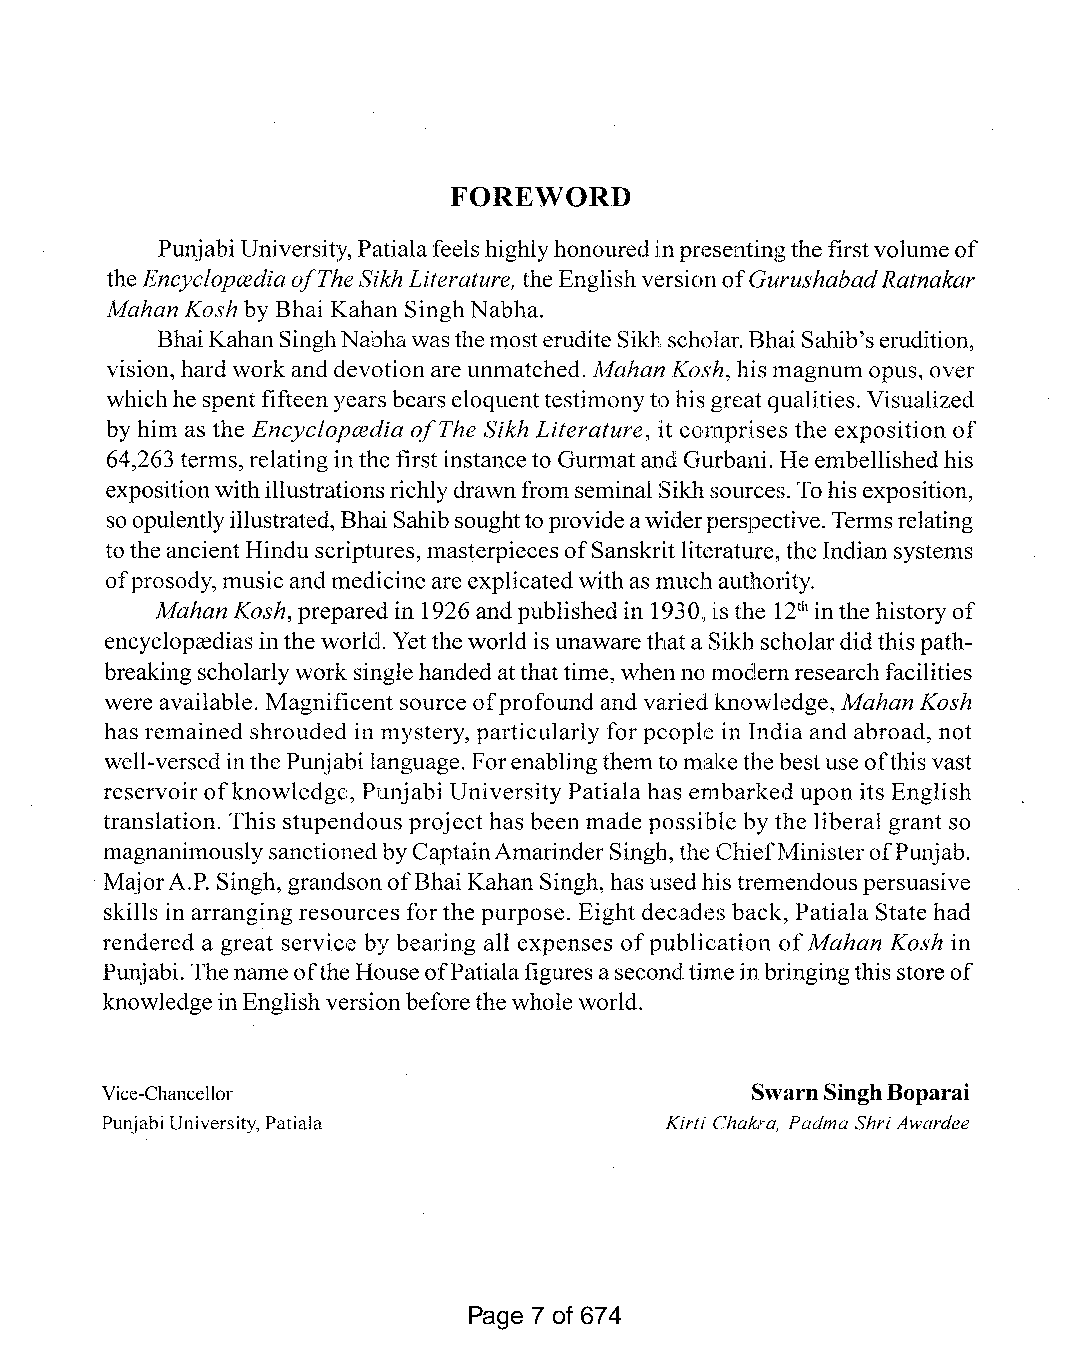
FOREWORD
 Punjabi University, Patialafeels highlyhonouredinpresentingthefirstvolumeof
 the EncyclopcediaofThe Sikh Literature, the EnglishversionofGurushabadRatnakar
 Mahan Kosh by Bhai Kahan SinghNabha.
 BhaiKahanSinghNabhawasthemosterudite Sikhscholar. Bhai Sahib'serudition,
 vision, hard work anddevotion are unmatched. Mahan Kosh, his magnum opus, over
 whichhespentfifteen years bears eloquenttestimonyto his greatqualities. Visualized
 by him as the Encyclopcedia ofThe Sikh Literature, it comprises the exposition of
 64,263 terms, relatinginthe first instanceto Gurmatand Gurbani. He embellishedhis
 expositionwithillustrationsrichlydrawnfrom seminal Sikhsources. Tohisexposition,
 soopulentlyillustrated,BhaiSahibsoughttoprovideawiderperspective.Termsrelating
 totheancient Hinduscriptures, masterpiecesofSanskritliterature, the Indian systems
 ofprosody, musicand medicine are explicatedwithas muchauthority.
 Mahan Kosh, prepared in 1926andpublishedin 1930, isthe 12th inthe history of
 encycloprediasinthe world. Yetthe worldis unawarethata Sikhscholardidthis path
 breakingscholarlywork singlehandedatthattime, whenno modern researchfacilities
 wereavailable. Magnificent source ofprofound and varied knowledge, Mahan Kosh
 has remained shrouded in mystery, particularly for people in India and abroad, not
 well-versedinthe Punjabi language. Forenablingthemto makethe bestuseofthis vast
 reservoir ofknowledge, Punjabi University Patiala has embarked upon its English
 translation. This stupendous project has beenmade possible by the liberal grant so
 magnanimouslysanctionedbyCaptainAmarinder Singh,theChiefMinisterofPunjab.
 MajorA.P. Singh, grandsonofBhai Kahan Singh, has usedhis tremendouspersuasive
 skills in arranging resources for the purpose. Eight decades back, Patiala State had
 rendered a great service by bearing all expenses ofpublication ofMahan Kosh in
 Punjabi. Thenameofthe HouseofPatialafigures asecondtimeinbringingthis storeof
 knowledge inEnglishversionbeforethewhole world.
 Vice-Chancellor                            SwamSinghBoparai
 PunjabiUniversity, Patiala           Kirti Chakra, Padma ShriAwardee
 Page 7 of 674